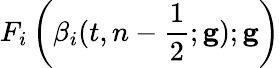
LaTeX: F_{i}\left(\beta_{i}(t,n-\frac{1}{2};\mathbf{g});\mathbf{g}\right)